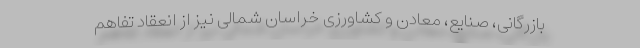
بازرگانی، صنایع، معادن و کشاورزی خراسان شمالی نیز از انعقاد تفاهم